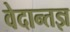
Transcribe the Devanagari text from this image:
वेदान्तज्ञ